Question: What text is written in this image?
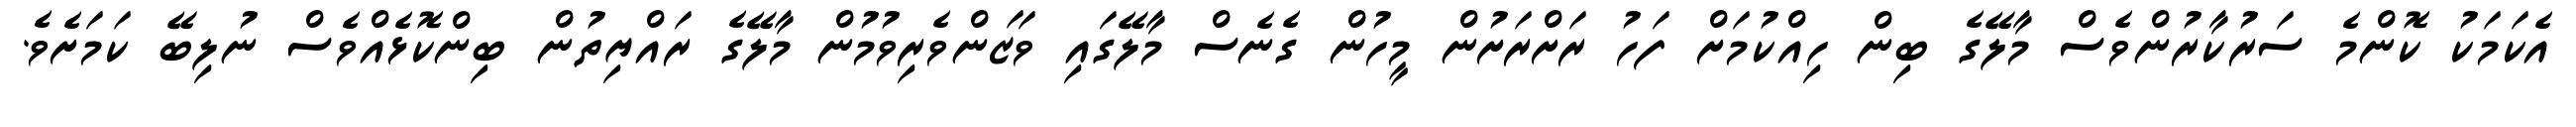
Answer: އެކަމަކު ކޮންމެ ސަރުކާރުންވެސް މާލޭގެ ބިން ހިއްކުމަށް ފަހު ރަށްރަށުން މީހުން ގެނެސް މާލޭގައި ވަޒަންވެރިވުމުން މާލޭގެ ރައްޔިތުން ބިންކޮޅެއްވެސް ނުލިބޭ ކަމަށެވެ.